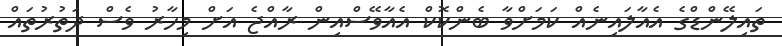
ތައިލޭންޑްގެ އެއާލައިނެއް ކަމަށްވާ ބެންކޮކް އެއާވޭސްއިން ރާއްޖެ އަށް މިހާރު ވެސް ދަތުރުތައް